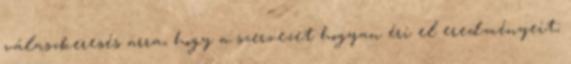
válaszkeresés arra, hogy a szervezet hogyan éri el eredményeit;